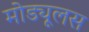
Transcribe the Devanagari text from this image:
मोड्यूलस